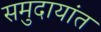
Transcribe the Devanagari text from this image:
समुदायांत